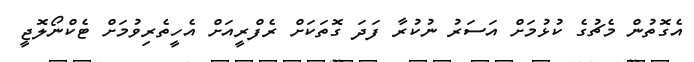
އެގޮތުން މެޗުގެ ކުޅުމަށް އަސަރު ނުކުރާ ފަދަ ގޮތަކަށް ރެފްރީއަށް އެހީތެރިވުމަށް ޓެކްނޯލޮޖީ